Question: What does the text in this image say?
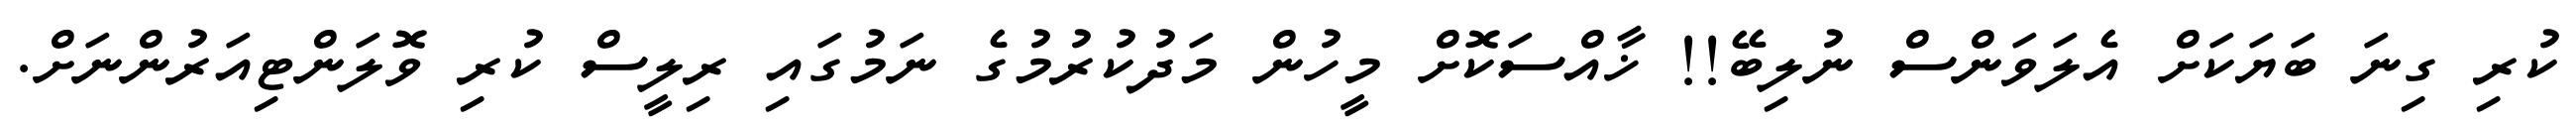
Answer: ކުރި ގިނަ ބަޔަކަށް އެލަވަންސް ނުލިބޭ!! ޚާއްސަކޮށް މީހުން މަދުކުރުމުގެ ނަމުގައި ރިލީސް ކުރި ވޮލަންޓިއަރުންނަށް.